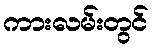
ကားလမ်းတွင်